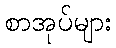
စာအုပ်များ